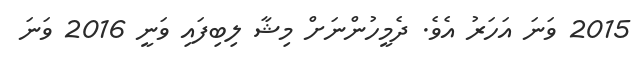
2015 ވަނަ އަހަރު އެވެ. ދެމީހުންނަށް މިޝާ ލިބިފައި ވަނީ 2016 ވަނަ